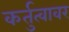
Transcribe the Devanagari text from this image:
कर्तुत्वावर